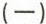
(一)